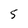
Character: 5